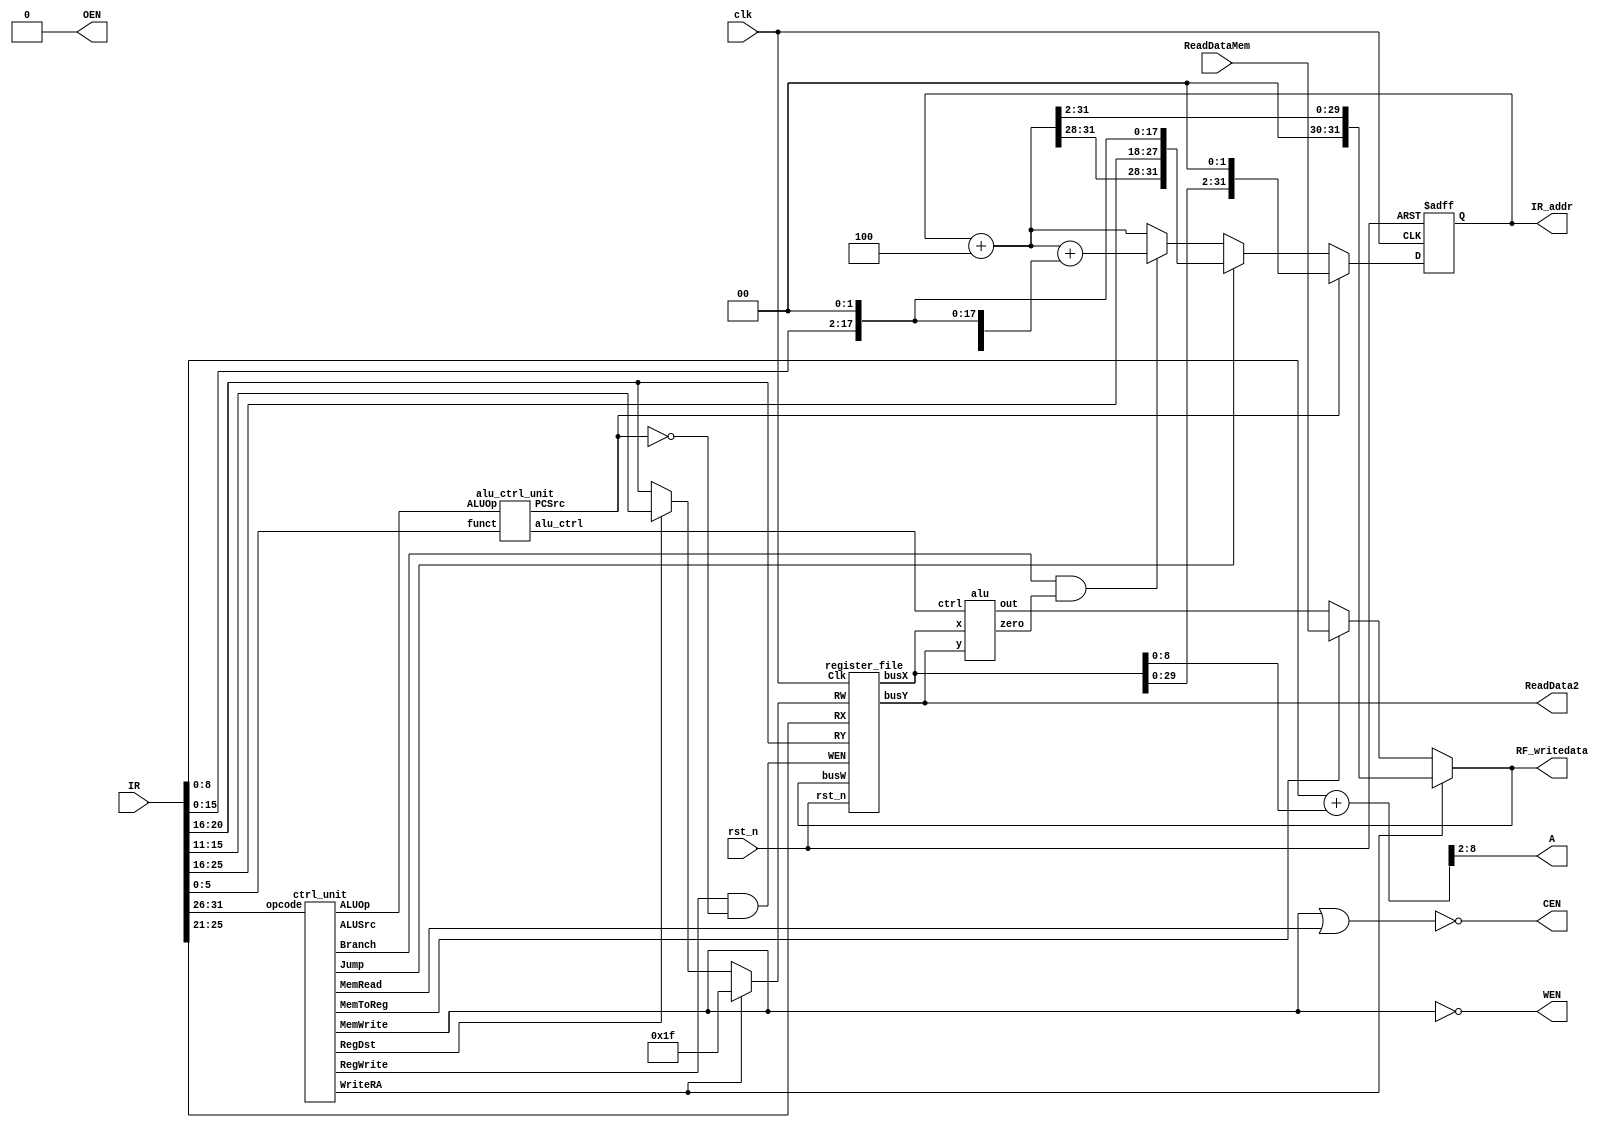
//==== specification ======================================
// 1. Register file size:   32 x 32 bits
// 2. Program counter size:  1 x 32 bits
// 3. The functionality of 11 required instructions are 
//          the same as specified in MIPS instruction set

//==== design compiler synthesis script ===================
// read_verilog DSDHW3.v
// set cycle 4
// set iodelay 3
// create_clock -name CLK -period $cycle [get_ports clk]
// set_dont_touch_network      [get_clocks CLK]
// set_fix_hold                [get_clocks CLK]
// set_input_delay  -clock CLK -max $iodelay [get_ports ReadDataMem]
// set_output_delay -clock CLK -max $iodelay [get_ports CEN]
// set_output_delay -clock CLK -max $iodelay [get_ports WEN]
// set_output_delay -clock CLK -max $iodelay [get_ports OEN]
// set_output_delay -clock CLK -max 3.101 [get_ports A]
// set_output_delay -clock CLK -max $iodelay [get_ports ReadData2]
// set_input_delay  -clock CLK -max 0.1 [get_ports IR]
// set_operating_conditions -min_library fast -min fast -max_library slow -max slow
// set_max_area 0
// compile_ultra -gate_clock
// optimize_netlist -area
// optimize_netlist -area
// optimize_netlist -area
// compile_ultra -incremental
// optimize_netlist -area
// optimize_netlist -area
// optimize_netlist -area
// optimize_netlist -area
// optimize_netlist -area
// optimize_netlist -area
// write_sdf -version 2.1 DSDHW3.sdf
// write -format verilog -hier -output DSDHW3.vg
// write -format ddc     -hier -output DSDHW3.ddc


module SingleCycle_MIPS(
    clk,
    rst_n,
    IR_addr,
    IR,
    RF_writedata,
    ReadDataMem,
    CEN,
    WEN,
    A,
    ReadData2,
    OEN
);

//==== in/out declaration =================================
    input         clk, rst_n;
    input  [31:0] IR;
    output [31:0] IR_addr;
    output [31:0] RF_writedata;
    input  [31:0] ReadDataMem;  // read_data from memory
    output        CEN;          // chip_enable, 0 when you read/write data from/to memory
    output        WEN;          // write_enable, 0 when you write data into SRAM & 1 when you read
    output  [6:0] A;            // address
    output [31:0] ReadData2;    // write_data to memory
    output        OEN;          // output_enable, 0

//==== reg/wire declaration ===============================
    // control signals
    wire        RegDst;
    wire        RegWrite;
    wire        ALUSrc;
    wire        ALUOp;
    wire        MemWrite;
    wire        MemRead;
    wire        MemToReg;
    wire        Branch;
    wire        Jump;
    wire        PCSrc;
    wire        WriteRA;
    // wiring
    wire  [4:0] reg_w;
    wire [31:0] alu_y;
    wire        alu_zero;
    wire [31:0] reg_bus_w;
    wire [31:0] reg_bus_x;
    wire [31:0] reg_bus_y;
    wire [31:0] alu_out;
    wire [31:0] branch_addr;
    wire [31:0] jump_addr;
    wire [31:0] sign_extend;
    wire  [2:0] alu_ctrl;
    // alu
    wire  [5:0] opcode;
    wire  [5:0] funct;
    // bypass (additional adder for sw and lw)
    wire  [8:0] sl_bypass;
    // program counter
    wire [31:0] pc_w, pc_4;
    reg  [31:0] pc_r;
//==== instance declarations ==============================
    wire reg_WEN;
    register_file rf_inst(
        .Clk(clk),
        .rst_n(rst_n),
        .WEN(reg_WEN),
        .RW(reg_w),
        .busW(reg_bus_w),
        .RX(IR[25:21]),
        .RY(IR[20:16]),
        .busX(reg_bus_x),
        .busY(reg_bus_y)
    );
    alu alu_inst(
        .ctrl(alu_ctrl),
        .x(reg_bus_x),
        .y(alu_y),
        .out(alu_out),
        .zero(alu_zero)
    );
    alu_ctrl_unit alu_ctrl_unit_inst(
        .ALUOp(ALUOp),
        .funct(IR[5:0]),
        .alu_ctrl(alu_ctrl),
        .PCSrc(PCSrc)
    );
    ctrl_unit ctrl_unit_inst(
        .opcode(IR[31:26]),
        .RegDst(RegDst),
        .Jump(Jump),
        .Branch(Branch),
        .MemToReg(MemToReg),
        .MemWrite(MemWrite),
        .MemRead(MemRead),
        .ALUOp(ALUOp),
        .ALUSrc(ALUSrc),
        .RegWrite(RegWrite),
        .WriteRA(WriteRA)
    );

//==== combinational part =================================
    assign reg_WEN = RegWrite & ~PCSrc;
    assign reg_w = WriteRA ? 5'd31 : RegDst ? IR[15:11] : IR[20:16];
    assign reg_bus_w = WriteRA ? {2'b0, pc_4[31:2]} : ~MemToReg ? alu_out : ReadDataMem;

    assign CEN = ~(MemWrite | MemRead);
    assign WEN = ~MemWrite;
    assign OEN = 1'b0;
    assign A = sl_bypass[8:2];
    assign RF_writedata = reg_bus_w;
    assign ReadData2 = reg_bus_y;

    assign alu_y = reg_bus_y;
    assign IR_addr = pc_r;
    assign pc_4 = pc_r + 4;
    assign sign_extend = {{16{IR[15]}}, IR[15:0]};
    assign jump_addr = {pc_4[31:28], {IR[25:0], 2'b0}};
    assign sl_bypass = sign_extend[8:0] + reg_bus_x[8:0];
    assign pc_w = PCSrc ? {reg_bus_x[29:0], 2'b0} : Jump ? jump_addr : branch_addr;
    assign branch_addr = (Branch & alu_zero) ? pc_4 + {sign_extend[29:0], 2'b0} : pc_4;
//==== sequential part ====================================
    always @ (posedge clk or negedge rst_n) begin
        if (~rst_n) pc_r <= 32'b0;
        else        pc_r <= pc_w;
    end
endmodule

//==== Control ============================================
module ctrl_unit(
    opcode,
    RegDst,
    Jump,
    Branch,
    MemToReg,
    MemWrite,
    MemRead,
    ALUOp,
    ALUSrc,
    RegWrite,
    WriteRA
);
    input  [5:0] opcode;
    output       RegDst;
    output       Jump;
    output       Branch;
    output       MemToReg;
    output       MemWrite;
    output       MemRead;
    output       ALUOp;
    output       ALUSrc;
    output       RegWrite;
    output       WriteRA;

    reg       RegDst;
    reg       Jump;
    reg       Branch;
    reg       MemToReg;
    reg       MemWrite;
    reg       MemRead;
    reg       ALUOp;
    reg       ALUSrc;
    reg       RegWrite;
    reg       WriteRA;

    always @ (*) begin
        /*              ALUOp
            0   000000  1
            2   000010  0
            3   000011  0
            4   000100  3
            35  100011  2
            43  101011  2 */

        // add (0/32), sub (0/34), and (0/36), or (0/37), slt (0/42), jr (0/8)
        RegDst = ~(opcode[2] | opcode[1] | opcode[0]);
        // sw (43)
        MemWrite = opcode[5] & opcode[3];
        // lw (35)
        MemRead = opcode[5] & ~opcode[3];
        MemToReg = opcode[5] & ~opcode[3];
        // sw, lw
        ALUSrc = 1'b0; //opcode[5];
        // opcode == 0, 35, 3
        RegWrite = ~((opcode[3] ^ opcode[2]) | (opcode[1] ^ opcode[0]));
        // jal (3)
        WriteRA = opcode[1] & opcode[0] & ~opcode[5];
        // j (2), jal (3)
        Jump = ~opcode[5] & ~opcode[3] & ~opcode[2] & opcode[1];
        // beq (4)
        Branch = opcode[2];
        // ALUOp
        ALUOp = opcode[2] | opcode[1] | opcode[0];
    end
endmodule

module alu_ctrl_unit(
    ALUOp,
    funct,
    alu_ctrl,
    PCSrc
);
    input        ALUOp;
    input  [5:0] funct;
    output [2:0] alu_ctrl;
    output       PCSrc;

    reg  [2:0] alu_ctrl;
    reg        PCSrc;
    reg  [4:0] op;

    always @ (*) begin
        /*  add (0/32), sub (0/34), and (0/36), or (0/37), slt (0/42), jr (0/8)

            add 32  100000
            sub 34  100010
            and 36  100100
            or  37  100101
            slt 42  101010
            jr  8   001000 */

        op = {ALUOp, funct[3:0]};
        PCSrc = ~ALUOp & ~funct[5] & funct[3];
        case (op)
            5'b00000: alu_ctrl = 3'b000;
            5'b00010: alu_ctrl = 3'b001;
            5'b00100: alu_ctrl = 3'b010;
            5'b00101: alu_ctrl = 3'b110;
            5'b01010: alu_ctrl = 3'b101;
            default:  alu_ctrl = 3'b001;
        endcase
    end
endmodule

//==== ALU ================================================
module alu(
    ctrl,
    x,
    y,
    carry,
    out,
    zero
);
    input   [2:0] ctrl;
    input  [31:0] x;
    input  [31:0] y;
    output        carry;
    output [31:0] out;
    output        zero;

    wire [32:0] add;
    wire [32:0] sub;
    wire [31:0] _y;
    reg         carry;
    reg  [31:0] out;

    assign _y = 1 + ~y;
    assign add = x + (ctrl[0] ? _y : y);
    assign zero = ~|out;

    always @ (*) begin
        case (ctrl[2:1])
          2'b01: {carry, out} = {1'b0, x & y};
          2'b11: {carry, out} = {1'b0, x | y};
          2'b10: {carry, out} = {31'b0, add[31]};
          2'b00: {carry, out} = add;
        endcase
    end
endmodule

//==== Register file ======================================
module register_file(
    Clk  ,
    rst_n,
    WEN  ,
    RW   ,
    busW ,
    RX   ,
    RY   ,
    busX ,
    busY
);
input         Clk, WEN, rst_n;
input   [4:0] RW, RX, RY;
input  [31:0] busW;
output [31:0] busX, busY;

reg  [31:0] busX, busY;

reg [31:0] r_r0, r_w0;
reg [31:0] r_r1, r_w1;
reg [31:0] r_r2, r_w2;
reg [31:0] r_r3, r_w3;
reg [31:0] r_r4, r_w4;
reg [31:0] r_r5, r_w5;
reg [31:0] r_r6, r_w6;
reg [31:0] r_r7, r_w7;
reg [31:0] r_r8, r_w8;
reg [31:0] r_r9, r_w9;
reg [31:0] r_r10, r_w10;
reg [31:0] r_r11, r_w11;
reg [31:0] r_r12, r_w12;
reg [31:0] r_r13, r_w13;
reg [31:0] r_r14, r_w14;
reg [31:0] r_r15, r_w15;
reg [31:0] r_r16, r_w16;
reg [31:0] r_r17, r_w17;
reg [31:0] r_r18, r_w18;
reg [31:0] r_r19, r_w19;
reg [31:0] r_r20, r_w20;
reg [31:0] r_r21, r_w21;
reg [31:0] r_r22, r_w22;
reg [31:0] r_r23, r_w23;
reg [31:0] r_r24, r_w24;
reg [31:0] r_r25, r_w25;
reg [31:0] r_r26, r_w26;
reg [31:0] r_r27, r_w27;
reg [31:0] r_r28, r_w28;
reg [31:0] r_r29, r_w29;
reg [31:0] r_r30, r_w30;
reg [31:0] r_r31, r_w31;

always @ (*) begin
    case (RX)
        5'd0: busX = r_r0;
        5'd1: busX = r_r1;
        5'd2: busX = r_r2;
        5'd3: busX = r_r3;
        5'd4: busX = r_r4;
        5'd5: busX = r_r5;
        5'd6: busX = r_r6;
        5'd7: busX = r_r7;
        5'd8: busX = r_r8;
        5'd9: busX = r_r9;
        5'd10: busX = r_r10;
        5'd11: busX = r_r11;
        5'd12: busX = r_r12;
        5'd13: busX = r_r13;
        5'd14: busX = r_r14;
        5'd15: busX = r_r15;
        5'd16: busX = r_r16;
        5'd17: busX = r_r17;
        5'd18: busX = r_r18;
        5'd19: busX = r_r19;
        5'd20: busX = r_r20;
        5'd21: busX = r_r21;
        5'd22: busX = r_r22;
        5'd23: busX = r_r23;
        5'd24: busX = r_r24;
        5'd25: busX = r_r25;
        5'd26: busX = r_r26;
        5'd27: busX = r_r27;
        5'd28: busX = r_r28;
        5'd29: busX = r_r29;
        5'd30: busX = r_r30;
        5'd31: busX = r_r31;
    endcase

    case (RY)
        5'd0: busY = r_r0;
        5'd1: busY = r_r1;
        5'd2: busY = r_r2;
        5'd3: busY = r_r3;
        5'd4: busY = r_r4;
        5'd5: busY = r_r5;
        5'd6: busY = r_r6;
        5'd7: busY = r_r7;
        5'd8: busY = r_r8;
        5'd9: busY = r_r9;
        5'd10: busY = r_r10;
        5'd11: busY = r_r11;
        5'd12: busY = r_r12;
        5'd13: busY = r_r13;
        5'd14: busY = r_r14;
        5'd15: busY = r_r15;
        5'd16: busY = r_r16;
        5'd17: busY = r_r17;
        5'd18: busY = r_r18;
        5'd19: busY = r_r19;
        5'd20: busY = r_r20;
        5'd21: busY = r_r21;
        5'd22: busY = r_r22;
        5'd23: busY = r_r23;
        5'd24: busY = r_r24;
        5'd25: busY = r_r25;
        5'd26: busY = r_r26;
        5'd27: busY = r_r27;
        5'd28: busY = r_r28;
        5'd29: busY = r_r29;
        5'd30: busY = r_r30;
        5'd31: busY = r_r31;
    endcase

    r_w0 = 32'b0;
    r_w1 = r_r1;
    r_w2 = r_r2;
    r_w3 = r_r3;
    r_w4 = r_r4;
    r_w5 = r_r5;
    r_w6 = r_r6;
    r_w7 = r_r7;
    r_w8 = r_r8;
    r_w9 = r_r9;
    r_w10 = r_r10;
    r_w11 = r_r11;
    r_w12 = r_r12;
    r_w13 = r_r13;
    r_w14 = r_r14;
    r_w15 = r_r15;
    r_w16 = r_r16;
    r_w17 = r_r17;
    r_w18 = r_r18;
    r_w19 = r_r19;
    r_w20 = r_r20;
    r_w21 = r_r21;
    r_w22 = r_r22;
    r_w23 = r_r23;
    r_w24 = r_r24;
    r_w25 = r_r25;
    r_w26 = r_r26;
    r_w27 = r_r27;
    r_w28 = r_r28;
    r_w29 = r_r29;
    r_w30 = r_r30;
    r_w31 = r_r31;

    if (WEN) begin
        case (RW)
            5'd0: r_w0 = 32'b0;
            5'd1: r_w1 = busW;
            5'd2: r_w2 = busW;
            5'd3: r_w3 = busW;
            5'd4: r_w4 = busW;
            5'd5: r_w5 = busW;
            5'd6: r_w6 = busW;
            5'd7: r_w7 = busW;
            5'd8: r_w8 = busW;
            5'd9: r_w9 = busW;
            5'd10: r_w10 = busW;
            5'd11: r_w11 = busW;
            5'd12: r_w12 = busW;
            5'd13: r_w13 = busW;
            5'd14: r_w14 = busW;
            5'd15: r_w15 = busW;
            5'd16: r_w16 = busW;
            5'd17: r_w17 = busW;
            5'd18: r_w18 = busW;
            5'd19: r_w19 = busW;
            5'd20: r_w20 = busW;
            5'd21: r_w21 = busW;
            5'd22: r_w22 = busW;
            5'd23: r_w23 = busW;
            5'd24: r_w24 = busW;
            5'd25: r_w25 = busW;
            5'd26: r_w26 = busW;
            5'd27: r_w27 = busW;
            5'd28: r_w28 = busW;
            5'd29: r_w29 = busW;
            5'd30: r_w30 = busW;
            5'd31: r_w31 = busW;
        endcase
    end
end

always @ (posedge Clk) begin
    r_r0 <= r_w0;
    r_r1 <= r_w1;
    r_r2 <= r_w2;
    r_r3 <= r_w3;
    r_r4 <= r_w4;
    r_r5 <= r_w5;
    r_r6 <= r_w6;
    r_r7 <= r_w7;
    r_r8 <= r_w8;
    r_r9 <= r_w9;
    r_r10 <= r_w10;
    r_r11 <= r_w11;
    r_r12 <= r_w12;
    r_r13 <= r_w13;
    r_r14 <= r_w14;
    r_r15 <= r_w15;
    r_r16 <= r_w16;
    r_r17 <= r_w17;
    r_r18 <= r_w18;
    r_r19 <= r_w19;
    r_r20 <= r_w20;
    r_r21 <= r_w21;
    r_r22 <= r_w22;
    r_r23 <= r_w23;
    r_r24 <= r_w24;
    r_r25 <= r_w25;
    r_r26 <= r_w26;
    r_r27 <= r_w27;
    r_r28 <= r_w28;
    r_r29 <= r_w29;
    r_r30 <= r_w30;
    r_r31 <= r_w31;
end
endmodule